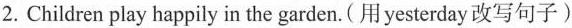
2.Children play happily in the garden.(用yesterday改写句子)